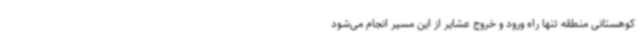
کوهستانی منطقه تنها راه ورود و خروج عشایر از این مسیر انجام می‌شود